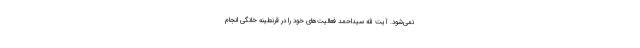
نمی‌شود. آیت الله سیداحمد فعالیت‌های خود را در قرنطینه خانگی انجام